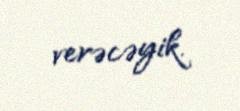
verəcəyik.